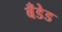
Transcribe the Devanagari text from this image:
बँडेड